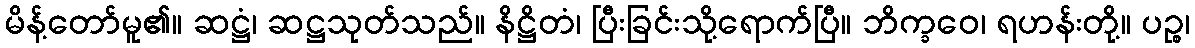
မိန့်တော်မူ၏။ ဆဋ္ဌံ၊ ဆဋ္ဌသုတ်သည်။ နိဋ္ဌိတံ၊ ပြီးခြင်းသို့ရောက်ပြီ။ ဘိက္ခဝေ၊ ရဟန်းတို့။ ပဉ္စ၊